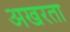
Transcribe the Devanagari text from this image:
अखरता